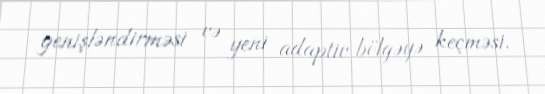
genişləndirməsi və yeni adaptiv bölgəyə keçməsi.